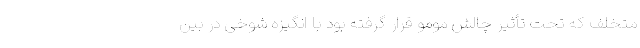
متخلف که تحت ‌تأثیر چالش مومو قرار گرفته بود با انگیزه شوخی در بین